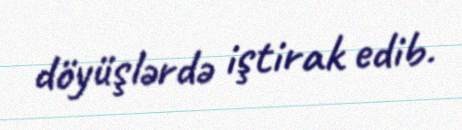
döyüşlərdə iştirak edib.